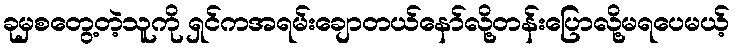
ခုမှစတွေ့တဲ့သူကို ရှင်ကအရမ်းချောတယ်နော်လို့တန်းပြောလို့မရပေမယ့်